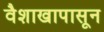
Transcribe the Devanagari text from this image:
वैशाखापासून